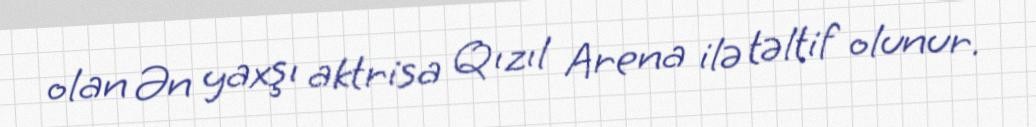
olan Ən yaxşı aktrisa Qızıl Arena ilə təltif olunur.